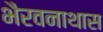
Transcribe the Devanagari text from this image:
भैरवनाथास